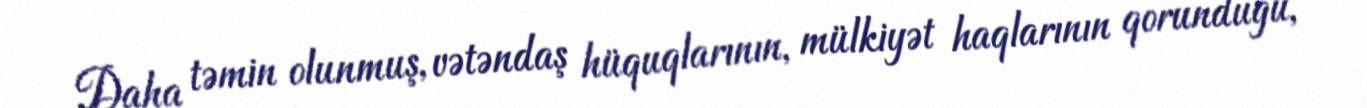
Daha təmin olunmuş, vətəndaş hüquqlarının, mülkiyət haqlarının qorunduğu,